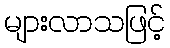
များလာသဖြင့်